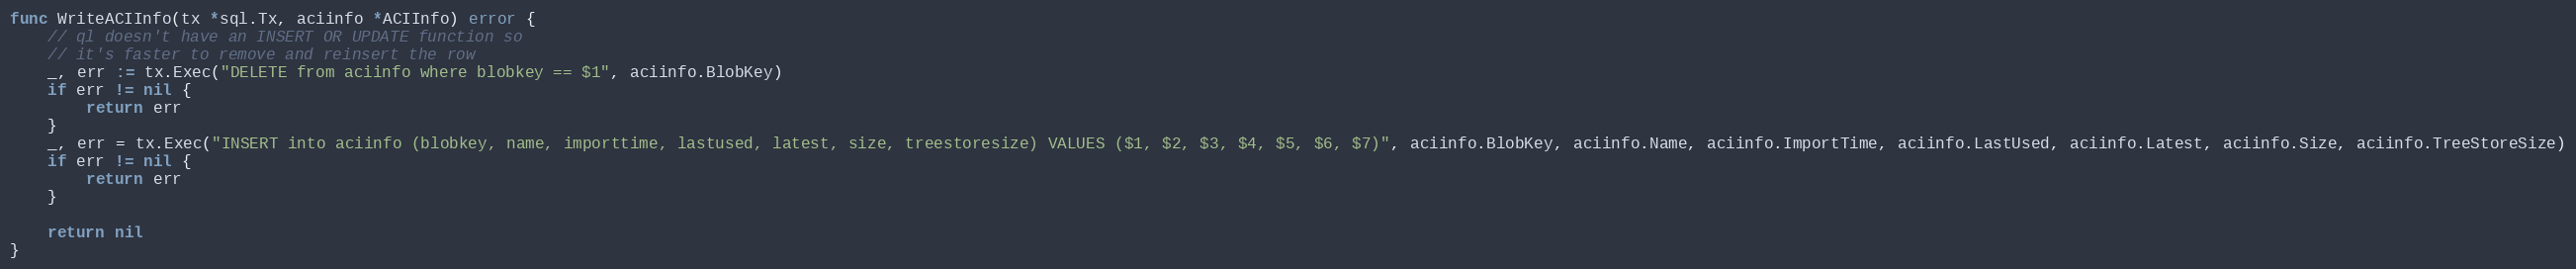
Language: Go
func WriteACIInfo(tx *sql.Tx, aciinfo *ACIInfo) error {
	// ql doesn't have an INSERT OR UPDATE function so
	// it's faster to remove and reinsert the row
	_, err := tx.Exec("DELETE from aciinfo where blobkey == $1", aciinfo.BlobKey)
	if err != nil {
		return err
	}
	_, err = tx.Exec("INSERT into aciinfo (blobkey, name, importtime, lastused, latest, size, treestoresize) VALUES ($1, $2, $3, $4, $5, $6, $7)", aciinfo.BlobKey, aciinfo.Name, aciinfo.ImportTime, aciinfo.LastUsed, aciinfo.Latest, aciinfo.Size, aciinfo.TreeStoreSize)
	if err != nil {
		return err
	}

	return nil
}